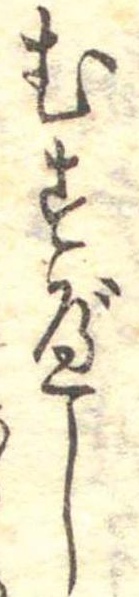
むすべし